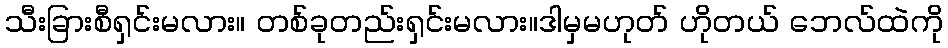
သီးခြားစီရှင်းမလား။ တစ်ခုတည်းရှင်းမလား။ဒါမှမဟုတ် ဟိုတယ် ဘေလ်ထဲကို